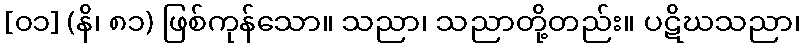
[၀၁] (နိ၊ ၈၁) ဖြစ်ကုန်သော။ သညာ၊ သညာတို့တည်း။ ပဋိဃသညာ၊